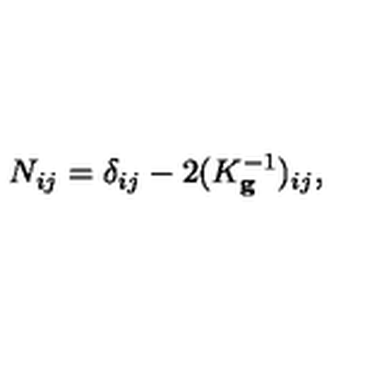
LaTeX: N _ { i j } = \delta _ { i j } - 2 ( K _ { \mathbf { g } } ^ { - 1 } ) _ { i j } ,